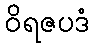
ဝိရဇပဒံ